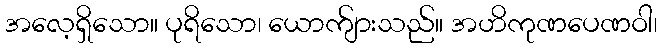
အလေ့ရှိသော။ ပုရိသော၊ ယောက်ျားသည်။ အဟိကုဏပေဏဝါ၊